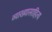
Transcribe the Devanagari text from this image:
व्याख्यासाहित्य